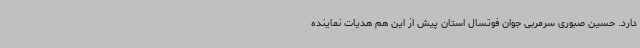
دارد. حسین صبوری سرمربی جوان فوتسال استان پیش از این هم هدیات نماینده